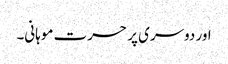
اور دوسری پر حسرت موہانی۔